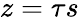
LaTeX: z=\tau s